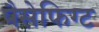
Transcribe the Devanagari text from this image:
पैसेफिग्ट